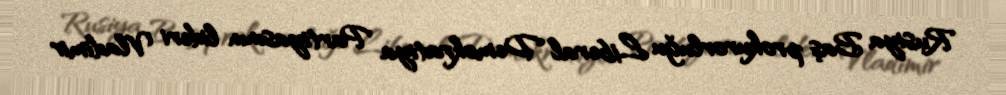
Rusiya Baş prokurorluğu Liberal Demokratiya Partiyasının lideri Vladimir